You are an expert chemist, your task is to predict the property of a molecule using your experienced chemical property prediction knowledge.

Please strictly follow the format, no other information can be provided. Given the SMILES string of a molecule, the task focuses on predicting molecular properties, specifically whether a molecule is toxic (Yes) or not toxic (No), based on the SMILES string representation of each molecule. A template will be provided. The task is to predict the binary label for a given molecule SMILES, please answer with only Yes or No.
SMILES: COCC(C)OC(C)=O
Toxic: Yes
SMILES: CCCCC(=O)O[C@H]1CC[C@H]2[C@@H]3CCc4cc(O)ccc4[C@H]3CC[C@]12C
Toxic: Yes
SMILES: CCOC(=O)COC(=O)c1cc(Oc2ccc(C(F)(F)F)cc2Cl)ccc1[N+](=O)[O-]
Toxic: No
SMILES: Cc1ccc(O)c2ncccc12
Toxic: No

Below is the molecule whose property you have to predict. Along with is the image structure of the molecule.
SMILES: COC(=O)Nc1nc2cc(C(=O)C3CC3)ccc2[nH]1
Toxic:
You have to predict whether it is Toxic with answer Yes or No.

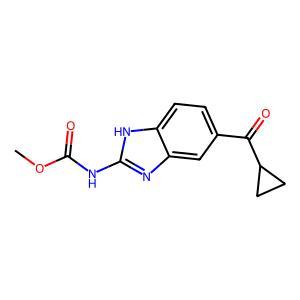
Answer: No